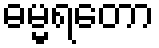
ဓမ္မရတော